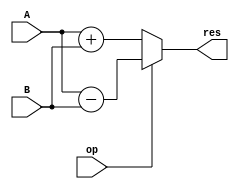
// This program was cloned from: https://github.com/TheSUPERCD/8bit_MicroComputer_Verilog
// License: MIT License

`timescale 1ns/1ps
module ALU(input op, input [7:0] A, input [7:0] B, output [8:0] res);
assign res[8:0] = op ? (A[7:0] - B[7:0]) : (A[7:0] + B[7:0]);
endmodule